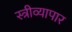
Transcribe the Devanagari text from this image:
स्त्रीव्यापार